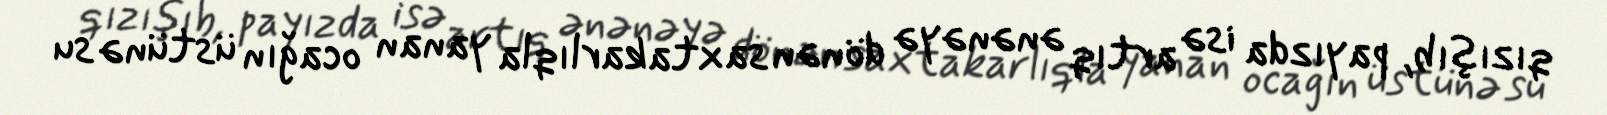
qızışıb, payızda isə artıq ənənəyə dönən saxtakarlıqla yanan ocağın üstünə su